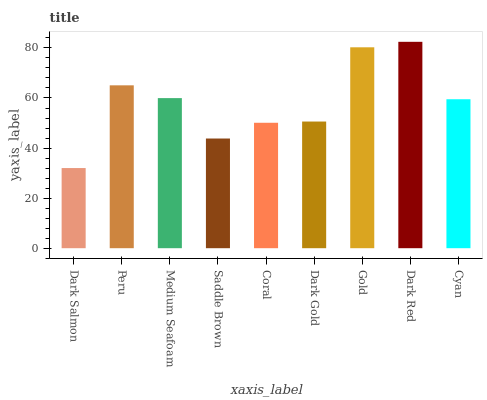
| xaxis_label | bars |
 | --- | --- |
 | Dark Salmon | 32 |
 | Peru | 65.1 |
 | Medium Seafoam | 60 |
 | Saddle Brown | 43.8 |
 | Coral | 50.1 |
 | Dark Gold | 50.6 |
 | Gold | 80.3 |
 | Dark Red | 82.4 |
 | Cyan | 59.5 |